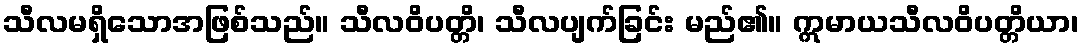
သီလမရှိသောအဖြစ်သည်။ သီလဝိပတ္တိ၊ သီလပျက်ခြင်း မည်၏။ ဣမာယသီလဝိပတ္တိယာ၊